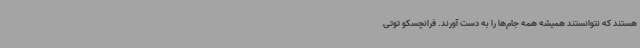
هستند که نتوانستند همیشه همه جام‌ها را به دست آورند. فرانچسکو توتی